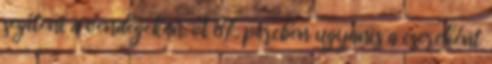
segíteni a vendégeken. A 87. percben ugyanis a csereként